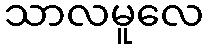
သာလမူလေ